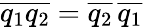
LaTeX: \overline{{q_{1}q_{2}}}=\overline{{q_{2}}}\, \overline{{q_{1}}}